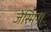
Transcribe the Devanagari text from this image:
जेस्मिन।